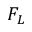
F _ { L }